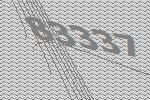
83337